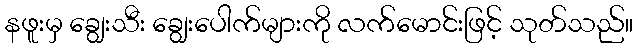
နဖူးမှ ချွေးသီး ချွေးပေါက်များကို လက်မောင်းဖြင့် သုတ်သည်။